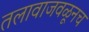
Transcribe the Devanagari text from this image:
तलावाजवळूनच